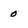
Character: 0